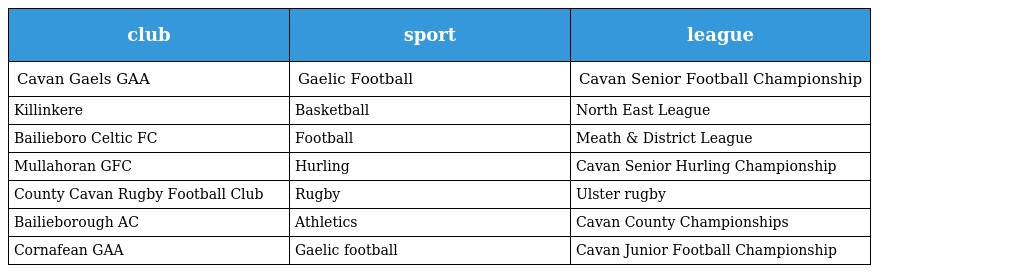
| club | sport | league |
 | --- | --- | --- |
 | Cavan Gaels GAA | Gaelic Football | Cavan Senior Football Championship |
 | Killinkere | Basketball | North East League |
 | Bailieboro Celtic FC | Football | Meath & District League |
 | Mullahoran GFC | Hurling | Cavan Senior Hurling Championship |
 | County Cavan Rugby Football Club | Rugby | Ulster rugby |
 | Bailieborough AC | Athletics | Cavan County Championships |
 | Cornafean GAA | Gaelic football | Cavan Junior Football Championship |